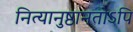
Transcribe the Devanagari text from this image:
नित्यानुष्ठानतोऽपि